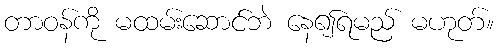
တာဝန်ကို မထမ်းဆောင်ဘဲ နေ၍ရမည် မဟုတ်။